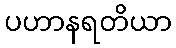
ပဟာနရတိယာ